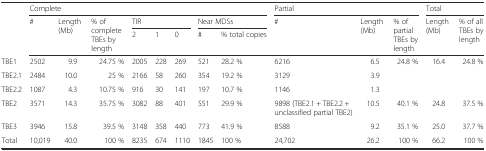
<table><thead><tr><td></td><td colspan="8"><b>Complete</b></td><td colspan="3"><b>Partial</b></td><td colspan="2"><b>Total</b></td></tr><tr><td rowspan="2"></td><td rowspan="2"><b>#</b></td><td rowspan="2"><b>Length (Mb)</b></td><td rowspan="2"><b>% of complete TBEs by length</b></td><td colspan="3"><b>TIR</b></td><td colspan="2"><b>Near MDSs</b></td><td rowspan="2"><b>#</b></td><td rowspan="2"><b>Length (Mb)</b></td><td rowspan="2"><b>% of partial TBEs by length</b></td><td rowspan="2"><b>Length (Mb)</b></td><td rowspan="2"><b>% of all TBEs by length</b></td></tr><tr><td><b>2</b></td><td><b>1</b></td><td><b>0</b></td><td><b>#</b></td><td><b>% total copies</b></td></tr></thead><tbody><tr><td>TBE1</td><td>2502</td><td>9.9</td><td>24.75 %</td><td>2005</td><td>228</td><td>269</td><td>521</td><td>28.2 %</td><td>6216</td><td>6.5</td><td>24.8 %</td><td>16.4</td><td>24.8 %</td></tr><tr><td>TBE2.1</td><td>2484</td><td>10.0</td><td>25 %</td><td>2166</td><td>58</td><td>260</td><td>354</td><td>19.2 %</td><td>3129</td><td>3.9</td><td></td><td></td><td></td></tr><tr><td>TBE2.2</td><td>1087</td><td>4.3</td><td>10.75 %</td><td>916</td><td>30</td><td>141</td><td>197</td><td>10.7 %</td><td>1146</td><td>1.3</td><td></td><td></td><td></td></tr><tr><td>TBE2</td><td>3571</td><td>14.3</td><td>35.75 %</td><td>3082</td><td>88</td><td>401</td><td>551</td><td>29.9 %</td><td>9898 (TBE2.1 + TBE2.2 + unclassified partial TBE2)</td><td>10.5</td><td>40.1 %</td><td>24.8</td><td>37.5 %</td></tr><tr><td>TBE3</td><td>3946</td><td>15.8</td><td>39.5 %</td><td>3148</td><td>358</td><td>440</td><td>773</td><td>41.9 %</td><td>8588</td><td>9.2</td><td>35.1 %</td><td>25.0</td><td>37.7 %</td></tr><tr><td>Total</td><td>10,019</td><td>40.0</td><td>100 %</td><td>8235</td><td>674</td><td>1110</td><td>1845</td><td>100 %</td><td>24,702</td><td>26.2</td><td>100 %</td><td>66.2</td><td>100 %</td></tr></tbody></table>